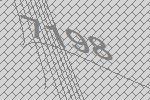
7198